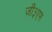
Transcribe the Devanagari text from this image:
जी३एम